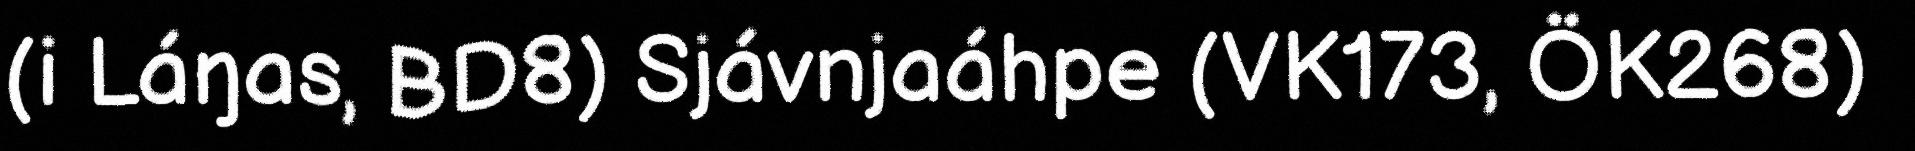
(i Láŋas, BD8) Sjávnjaáhpe (VK173, ÖK268)